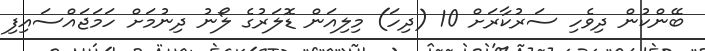
ބޭންކުން ދިވެހި ސަރުކާރަށް 10 (ދިހަ) މިލިއަން ޑޮލަރުގެ ލޯނު ދިނުމަށް ހަމަޖައްސައިފި